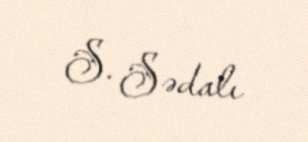
S. Sədalı